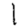
Digit: 1